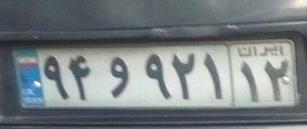
۹۴و۹۲۱۱۲